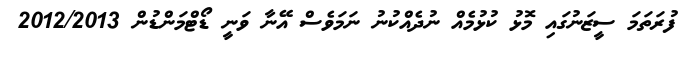
ފުރަތަމަ ސީޒަނުގައި މޮޅު ކުޅުމެއް ނުދެއްކުނު ނަމަވެސް އޭނާ ވަނީ ޑޯޓްމަންޑުން 2012/2013